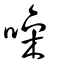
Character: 噪